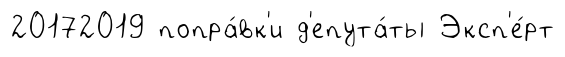
20172019 попра́вк'и д'епута́ты Эксп'е́рт